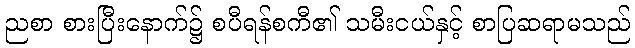
ညစာ စားပြီးနောက်၌ စပီရန်စကီ၏ သမီးငယ်နှင့် စာပြဆရာမသည်